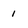
Character: 1